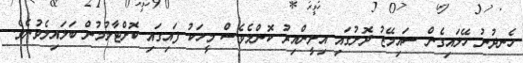
ހެނދުނު ހޭލައިގެން ސައިމޭޒު ދޮށުގައި އިށީންއިރު ކޮންމެވެސް މީހަކު ފައިގައި ކޮށްޓާލުމުން ބަލައިލެވުނެވެ.